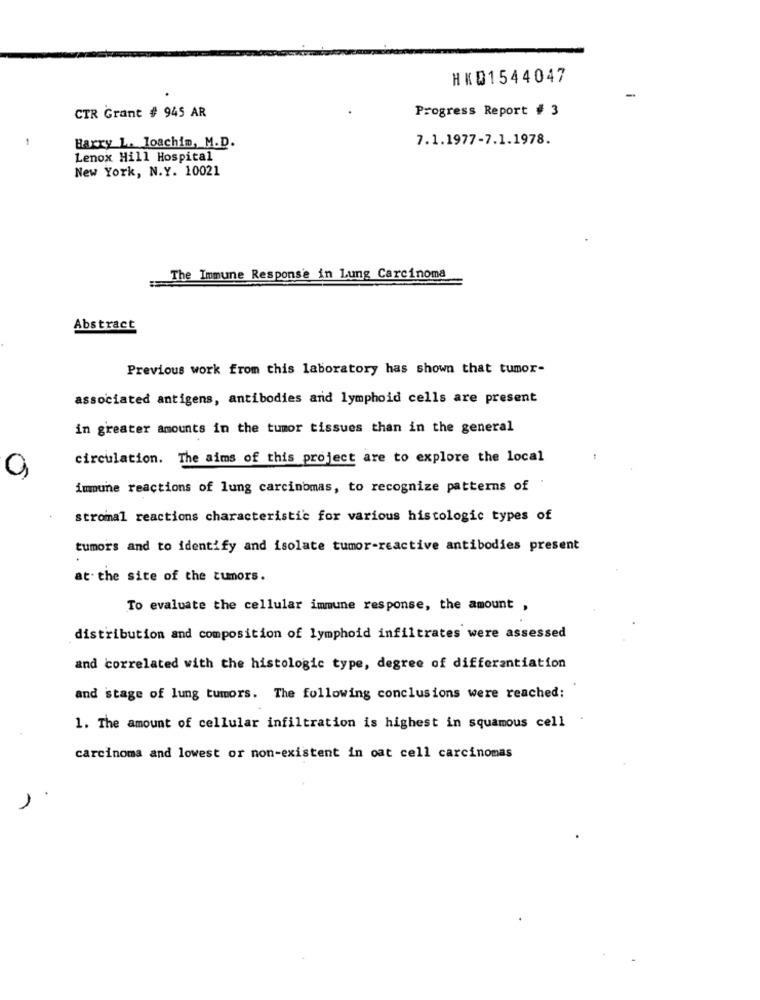
HKD1544047
-
CTR Grant # 945 AR
Progress Report # 3
7.1.1977-7.1.1978.
Harry L. Joachim, M.D.
Lenox Hill Hospital
New York, N.Y. 10021
The Immune Response in Lung Carcinoma
Abstract
Previous work from this laboratory has shown that tumor-
associated antigens, antibodies and lymphoid cells are present
in greater amounts in the tumor tissues than in the general
circulation. The aims of this project are to explore the local
0
immune reactions of lung carcinomas, to recognize patterns of '
stromal reactions characteristic for various histologic types of
tumors and to identify and isolate tumor-reactive antibodies present
at. the site of the tumors.
To evaluate the cellular immune response, the amount ,
distribution and composition of lymphoid infiltrates were assessed
and correlated with the histologic type, degree of differentiation
and stage of lung tumors. The following conclusions were reached:
1. The amount of cellular infiltration is highest in squamous cell
carcinoma and lowest or non-existent in oat cell carcinomas